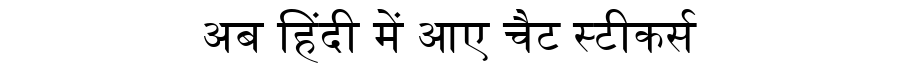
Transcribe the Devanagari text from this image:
अब हिंदी में आए चैट स्टीकर्स